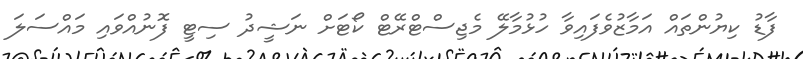
ފާޑު ކިޔުންތައް އަމާޒުވެފައިވާ ހުޅުމާލޭ މެޖިސްޓްރޭޓް ކޯޓަށް ނަޝީދު ސިޓީ ފޮނުއްވައި މައްސަލަ